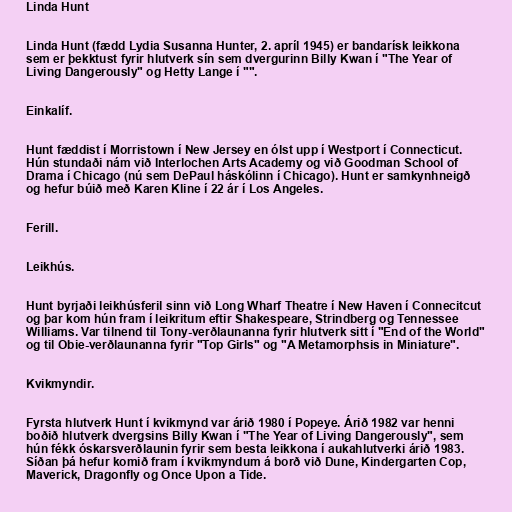
Linda Hunt

Linda Hunt (fædd Lydia Susanna Hunter, 2. apríl 1945) er bandarísk leikkona
sem er þekktust fyrir hlutverk sín sem dvergurinn Billy Kwan í "The Year of
Living Dangerously" og Hetty Lange í "".

Einkalíf.

Hunt fæddist í Morristown í New Jersey en ólst upp í Westport í Connecticut.
Hún stundaði nám við Interlochen Arts Academy og við Goodman School of
Drama í Chicago (nú sem DePaul háskólinn í Chicago). Hunt er samkynhneigð
og hefur búið með Karen Kline í 22 ár í Los Angeles.

Ferill.

Leikhús.

Hunt byrjaði leikhúsferil sinn við Long Wharf Theatre í New Haven í Connecitcut
og þar kom hún fram í leikritum eftir Shakespeare, Strindberg og Tennessee
Williams. Var tilnend til Tony-verðlaunanna fyrir hlutverk sitt í "End of the World"
og til Obie-verðlaunanna fyrir "Top Girls" og "A Metamorphsis in Miniature".

Kvikmyndir.

Fyrsta hlutverk Hunt í kvikmynd var árið 1980 í Popeye. Árið 1982 var henni
boðið hlutverk dvergsins Billy Kwan í "The Year of Living Dangerously", sem
hún fékk óskarsverðlaunin fyrir sem besta leikkona í aukahlutverki árið 1983.
Síðan þá hefur komið fram í kvikmyndum á borð við Dune, Kindergarten Cop,
Maverick, Dragonfly og Once Upon a Tide.